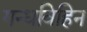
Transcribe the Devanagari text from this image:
गन्धविहिन